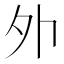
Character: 𡖄